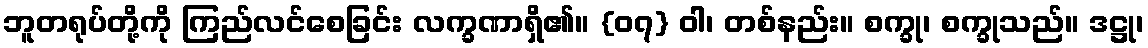
ဘူတရုပ်တို့ကို ကြည်လင်စေခြင်း လက္ခဏာရှိ၏။ {၀၇} ဝါ၊ တစ်နည်း။ စက္ခု၊ စက္ခုသည်။ ဒဋ္ဌု၊